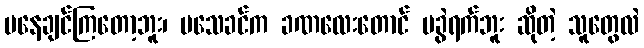
မနေချင်ကြတော့ဘူး၊ မသေခင်က ခဏလေးတောင် မခွဲရက်ဘူး ဆိုတဲ့ သူတွေလဲ